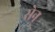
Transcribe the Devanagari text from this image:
सेन्‌